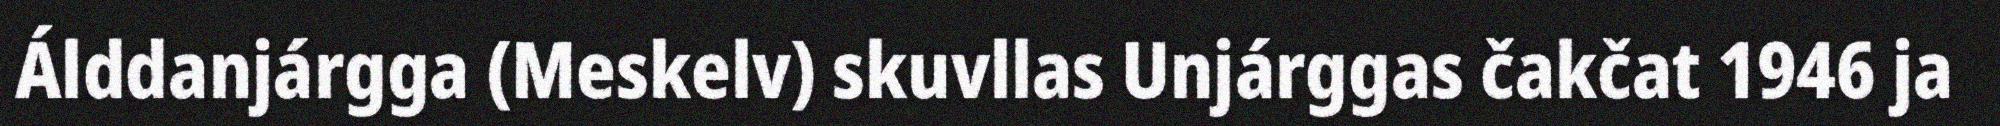
Álddanjárgga (Meskelv) skuvllas Unjárggas čakčat 1946 ja